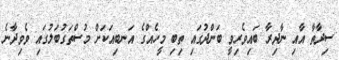
ސިދާތާ އާއި ނާދިރާ ބައިވެރިވީ ބަންދުގައި ތިބި މީހެއްގެ އަނބިއަކަށް މުސްތަގުބަލުގައި ވެވިދާނެ